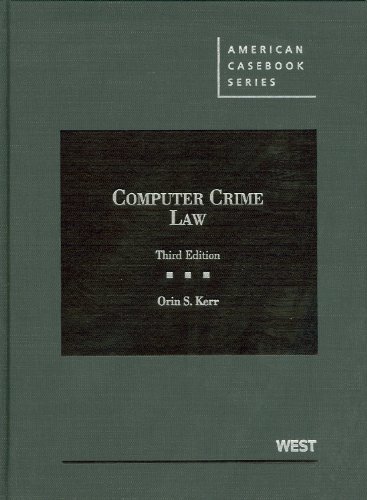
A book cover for Computer Crime Law (American Casebook Series); Orin Kerr; Computers & Technology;